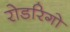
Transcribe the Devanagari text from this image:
रोडरिगो